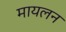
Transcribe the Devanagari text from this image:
मायलन